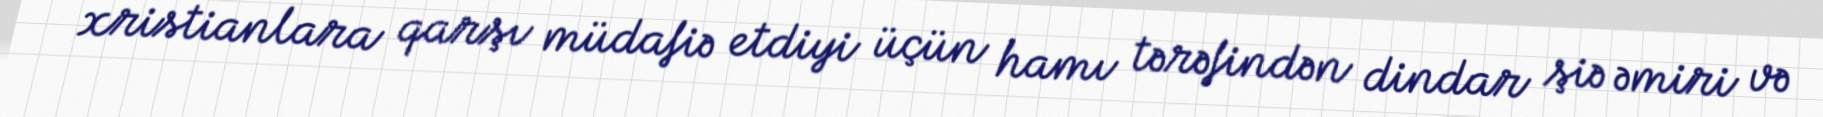
xristianlara qarşı müdafiə etdiyi üçün hamı tərəfindən dindar şiə əmiri və